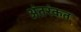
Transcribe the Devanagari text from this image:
अंतरंकत